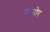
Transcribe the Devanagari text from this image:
सामोर